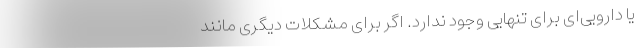
یا دارویی‌ای برای تنهایی وجود ندارد. اگر برای مشکلات دیگری مانند